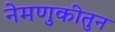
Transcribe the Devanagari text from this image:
नेमणुकीतुन